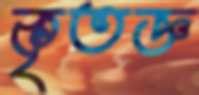
কৃতজ্ঞ